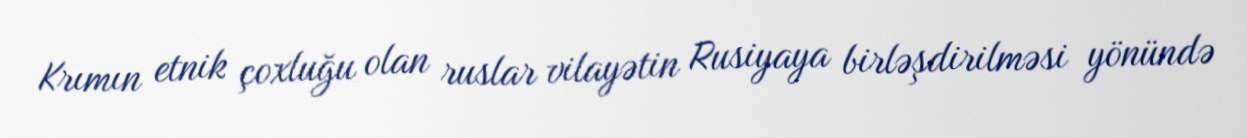
Krımın etnik çoxluğu olan ruslar vilayətin Rusiyaya birləşdirilməsi yönündə